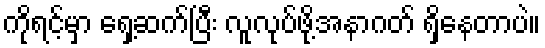
ကိုရင့်မှာ ရှေ့ဆက်ပြီး လူလုပ်ဖို့အနာဂတ် ရှိနေတာပဲ။